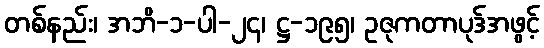
တစ်နည်း၊ အဘိ-၁-ပါ-၂၄၊ ဋ္ဌ-၁၉၅၊ ဥဇုကတာပုဒ်အဖွင့်